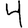
Digit: 4